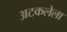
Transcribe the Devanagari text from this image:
अटकलेला